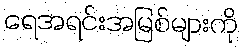
ရေအရင်းအမြစ်များကို